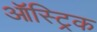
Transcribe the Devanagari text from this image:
ऑस्ट्रिक